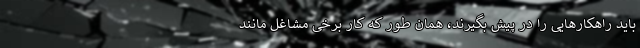
باید راهکارهایی را در پیش بگیرند، همان طور که کار برخی مشاغل مانند